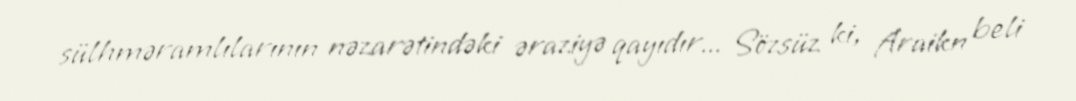
sülhməramlılarının nəzarətindəki əraziyə qayıdır... Sözsüz ki, Araikn beli